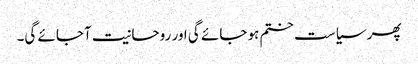
پھر سیاست ختم ہو جائے گی اور روحانیت آجائے گی۔